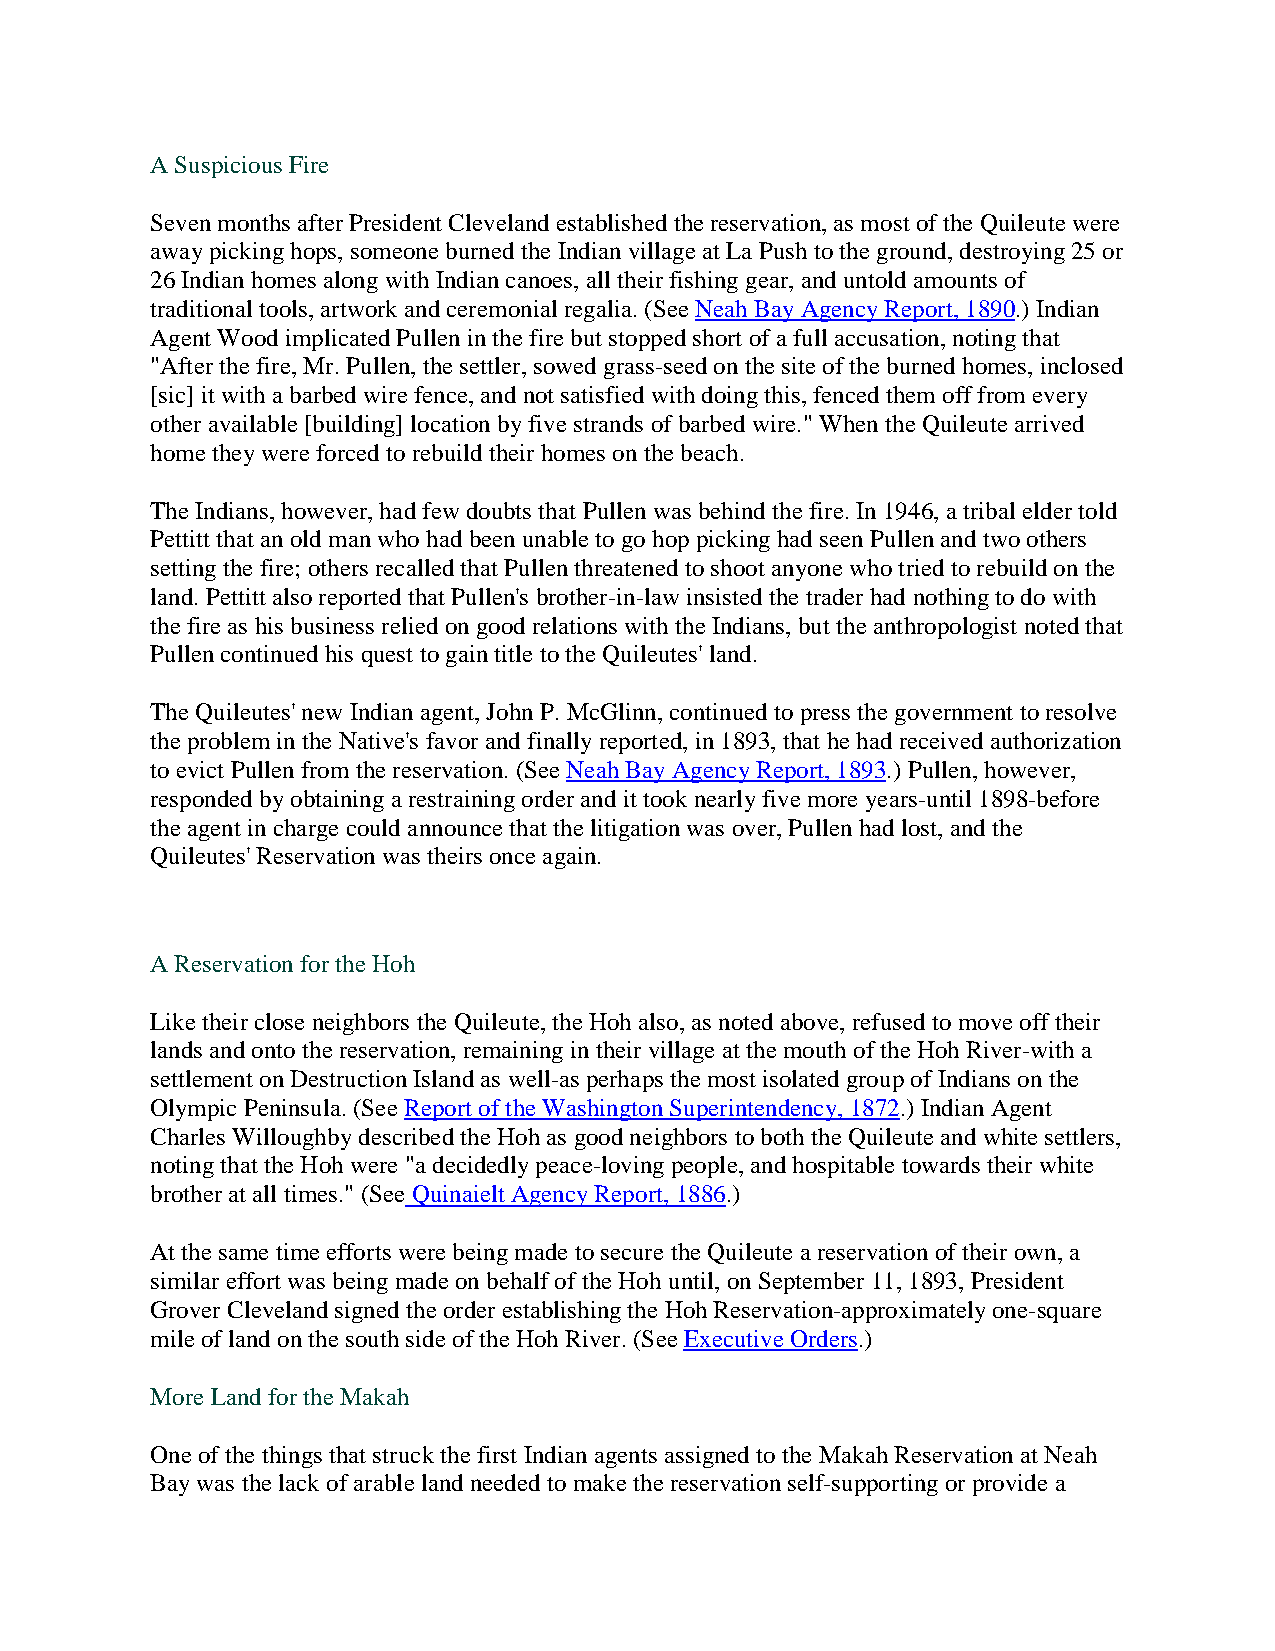
A Suspicious Fire
 Seven months after President Cleveland established the reservation, as most of the Quileute were
 away picking hops, someone burned the Indian village at La Push to the ground, destroying 25 or
 26 Indian homes along with Indian canoes, all their fishing gear, and untold amounts of
 traditional tools, artwork and ceremonial regalia. (See Neah Bay Agency Report, 1890.) Indian
 Agent Wood implicated Pullen in the fire but stopped short of a full accusation, noting that
 "After the fire, Mr. Pullen, the settler, sowed grass-seed on the site of the burned homes, inclosed
 [sic] it with a barbed wire fence, and not satisfied with doing this, fenced them off from every
 other available [building] location by five strands of barbed wire." When the Quileute arrived
 home they were forced to rebuild their homes on the beach.
 The Indians, however, had few doubts that Pullen was behind the fire. In 1946, a tribal elder told
 Pettitt that an old man who had been unable to go hop picking had seen Pullen and two others
 setting the fire; others recalled that Pullen threatened to shoot anyone who tried to rebuild on the
 land. Pettitt also reported that Pullen's brother-in-law insisted the trader had nothing to do with
 the fire as his business relied on good relations with the Indians, but the anthropologist noted that
 Pullen continued his quest to gain title to the Quileutes' land.
 The Quileutes' new Indian agent, John P. McGlinn, continued to press the government to resolve
 the problem in the Native's favor and finally reported, in 1893, that he had received authorization
 to evict Pullen from the reservation. (See Neah Bay Agency Report, 1893.) Pullen, however,
 responded by obtaining a restraining order and it took nearly five more years-until 1898-before
 the agent in charge could announce that the litigation was over, Pullen had lost, and the
 Quileutes' Reservation was theirs once again.
 A Reservation for the Hoh
 Like their close neighbors the Quileute, the Hoh also, as noted above, refused to move off their
 lands and onto the reservation, remaining in their village at the mouth of the Hoh River-with a
 settlement on Destruction Island as well-as perhaps the most isolated group of Indians on the
 Olympic Peninsula. (See Report of the Washington Superintendency, 1872.) Indian Agent
 Charles Willoughby described the Hoh as good neighbors to both the Quileute and white settlers,
 noting that the Hoh were "a decidedly peace-loving people, and hospitable towards their white
 brother at all times." (See Quinaielt Agency Report, 1886.)
 At the same time efforts were being made to secure the Quileute a reservation of their own, a
 similar effort was being made on behalf of the Hoh until, on September 11, 1893, President
 Grover Cleveland signed the order establishing the Hoh Reservation-approximately one-square
 mile of land on the south side of the Hoh River. (See Executive Orders.)
 More Land for the Makah
 One of the things that struck the first Indian agents assigned to the Makah Reservation at Neah
 Bay was the lack of arable land needed to make the reservation self-supporting or provide a